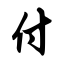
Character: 付